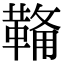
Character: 𮧟